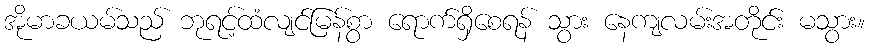
အိုမာခယမ်သည် ဘုရင့်ထံလျင်မြန်စွာ ရောက်ရှိစေရန် သွား နေကျလမ်းအတိုင်း မသွား။